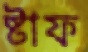
ষ্টাফ